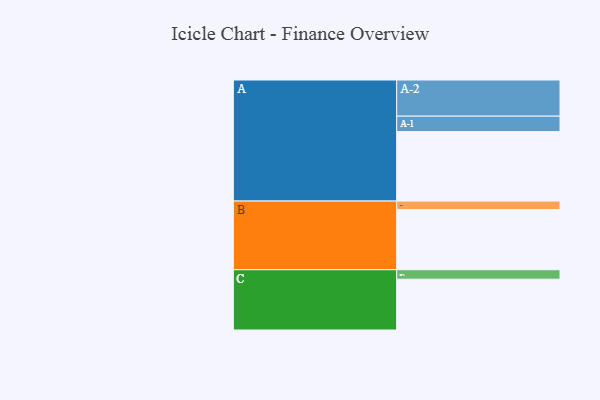
{"axis": {"x": "Segment", "y": "Value"}, "legend": ["", "A", "B", "C"], "data": [{"x": "A", "y": 521, "type": ""}, {"x": "B", "y": 451, "type": ""}, {"x": "C", "y": 381, "type": ""}, {"x": "A-1", "y": 116, "type": "A"}, {"x": "A-2", "y": 271, "type": "A"}, {"x": "B-1", "y": 64, "type": "B"}, {"x": "C-1", "y": 71, "type": "C"}]}